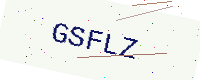
Text: GSFLZ